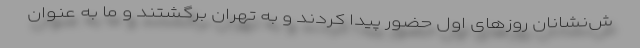
ش‌نشانان روزهای اول حضور پیدا کردند و به تهران برگشتند و ما به عنوان